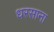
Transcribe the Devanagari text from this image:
धरसाना